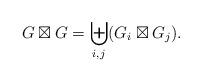
LaTeX: \begin{align*}G\boxtimes G = \biguplus_{i,j} (G_i\boxtimes G_j).\end{align*}